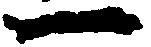
一